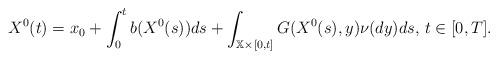
LaTeX: \begin{align*}X^{0}(t)=x_{0}+\int_{0}^{t}b(X^{0}(s))ds+\int_{\mathbb{X}\times\lbrack0,t]}G(X^{0}(s),y)\nu(dy)ds,\,t\in\lbrack0,T]. \end{align*}